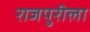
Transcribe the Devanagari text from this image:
राजपुरीला